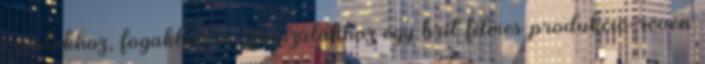
csontokhoz, fogakhoz és szőrszálakhoz egy brit filmes produkció révén